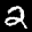
Label: 2